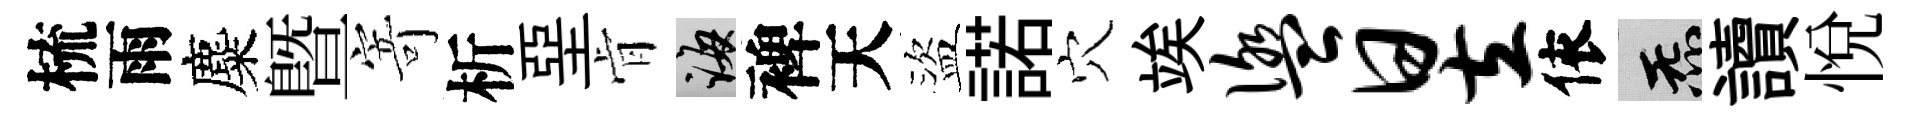
梳雨麋暨寄析堊肻誨裨天盜諾穴竢盥昱依炁讀悦